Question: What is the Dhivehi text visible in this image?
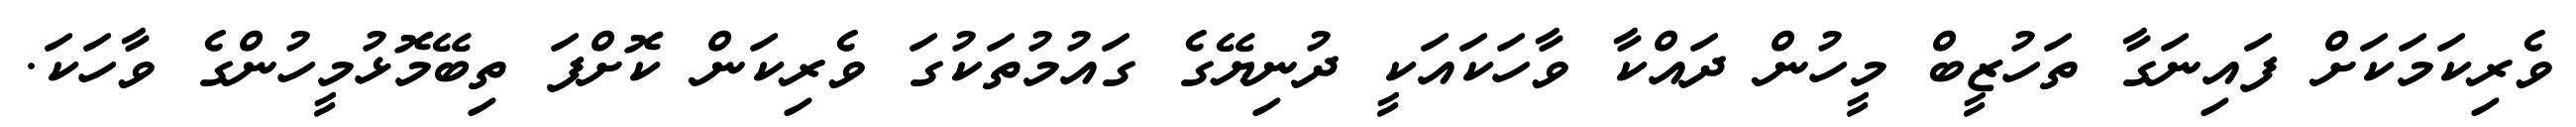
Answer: ވެރިކަމަކަށް ފައިނަގާ ތަހުޒީބް މީހުން ދައްކާ ވާހަކައަކީ ދުނިޔޭގެ ގައުމުތަކުގަ ވެރިކަން ކޮށްފަ ތިބޭމޮޅުމީހުންގެ ވާހަކަ.